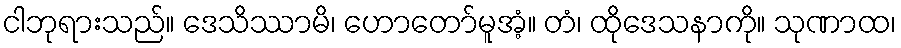
ငါဘုရားသည်။ ဒေသိဿာမိ၊ ဟောတော်မူအံ့။ တံ၊ ထိုဒေသနာကို။ သုဏာထ၊